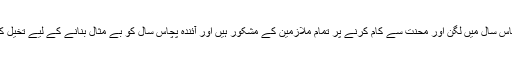
انہوں نے کہا کہ گذشتہ پچاس سال میں لگن اور محنت سے کام کرنے پر تمام ملازمین کے مشکور ہیں اور آئندہ پچاس سال کو بے مثال بنانے کے لیے تخیل کو آزاد رکھنے کا ارادہ کیا۔